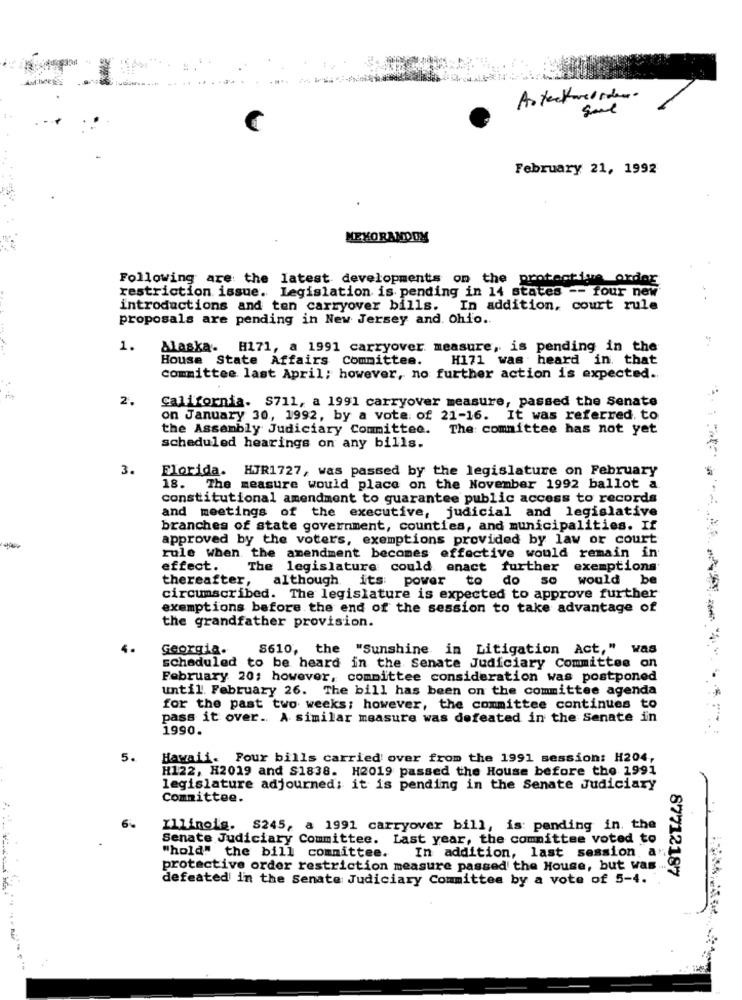
February 21, 1992
MEMORANDUM
Following are the latest developments on the protective order
restriction issue. Legislation is pending in 14 states -- four new
introductions and ten carryover bills. In addition, court rule
proposals are pending in New Jersey and. Ohio ..
1.
Alaska. H171, a 1991 carryover measure, is pending in the
House State Affairs Committee.
H171 was heard in. that
committee last April; however, no further action is expected ..
2.
California. S711, a 1991 carryover measure, passed the Senate
on January 30, 1992, by a vote. of 21-16. It was referred. to
the Assembly Judiciary Committee.
The: committee has not yet
scheduled hearings on any bills.
3.
Florida. HIR1727, was passed by the legislature on February
18. The measure would place on the November 1992 ballot a.
constitutional amendment to guarantee public access to records
and meetings of the executive, judicial and legislative
branches of state government, counties, and municipalities. If
approved by the voters, exemptions provided by law or court
-
rule when the amendment becomes effective would remain in
effect.
The legislature could enact further
exemptions
thereafter, although, its: power
to
do so
would be
circumscribed. The legislature is expected to approve further
exemptions before the end of the session to take advantage of
the grandfather provision.
4.
Georgia.
8610, the "Sunshine in Litigation Act," was
scheduled to be heard in the Senate Judiciary Committee on
February 20; however, committee consideration was postponed
until. February 26. The bill has been on the committee agenda
for the past two weeks; however, the committee continues to
pass it over .. A similar measure was defeated in the Senate in
1990.
5.
Hawaii. Four bills carried over from the 1991 session: H204,
H122, H2019 and S1838. H2019 passed the House before the 1991
legislature adjourned; it is pending in the Senate Judiciary
Committee.
Illinois. 8245, a 1991 carryover bill, is: pending in. the
Senate Judiciary Committee. Last year, the committee voted to
"hold" the bill committee.
. In addition, last session, a"
€18
protective order restriction measure passed the House, but was
defeated in the Senate Judiciary Committee by a vote of 5-4.
87712187